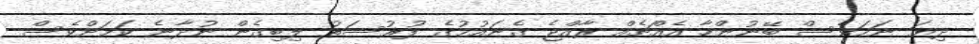
ދިޔަ ނަމަވެސް ބޭނުންހާ އެއްޗެއް ރާއްޖެ ގެނައުމުގެ ފުރުސަތު ލިބިގެން ނުދާނެ ކަމަށްވެސް